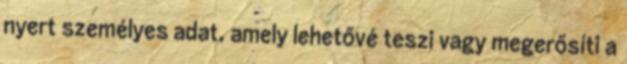
nyert személyes adat, amely lehetővé teszi vagy megerősíti a